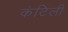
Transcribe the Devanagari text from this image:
कंटिली